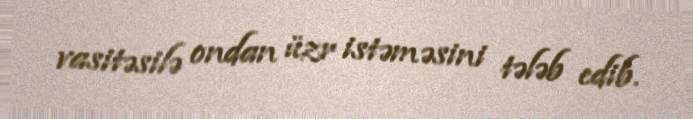
vasitəsilə ondan üzr istəməsini tələb edib.